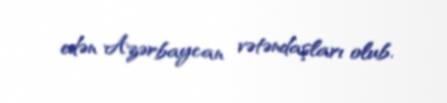
edən Azərbaycan vətəndaşları olub.